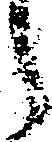
之